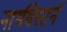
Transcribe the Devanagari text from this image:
नार्थवेस्टर्न